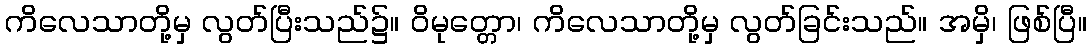
ကိလေသာတို့မှ လွတ်ပြီးသည်၌။ ဝိမုတ္တော၊ ကိလေသာတို့မှ လွတ်ခြင်းသည်။ အမှိ၊ ဖြစ်ပြီ။